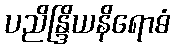
ပညိန္ဒြိယနိရောဓံ